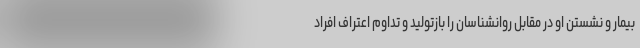
بیمار و نشستن او در مقابل روانشناسان را بازتولید و تداوم اعتراف افراد